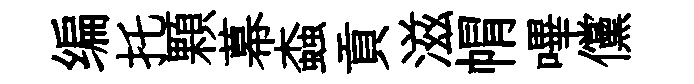
编托顆幕螙貢滋㡌嗶儻